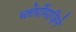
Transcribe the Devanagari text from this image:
च्लोर्प्रोमाज़िने